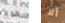
كان ألا